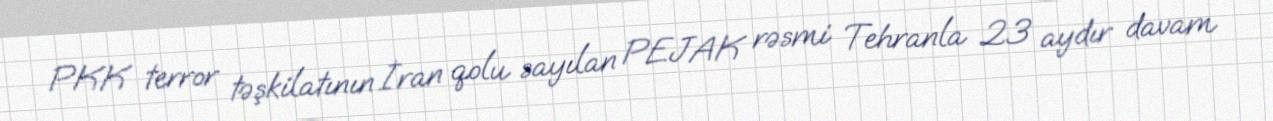
PKK terror təşkilatının İran qolu sayılan PEJAK rəsmi Tehranla 23 aydır davam